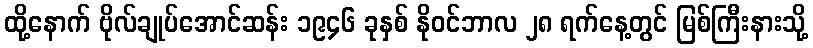
ထို့နောက် ဗိုလ်ချုပ်အောင်ဆန်း ၁၉၄၆ ခုနှစ် နိုဝင်ဘာလ ၂၈ ရက်နေ့တွင် မြစ်ကြီးနားသို့